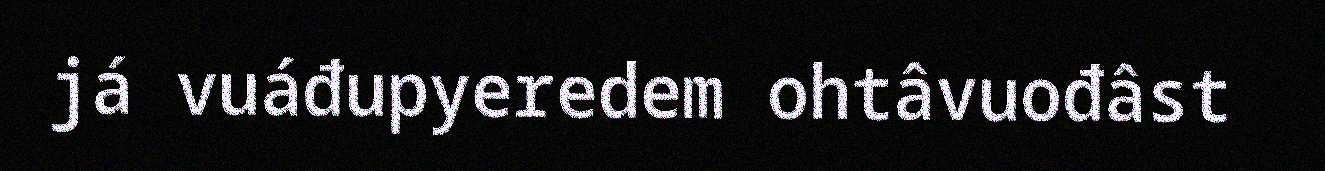
já vuáđupyeredem ohtâvuođâst